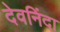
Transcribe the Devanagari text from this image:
देवनिंदा